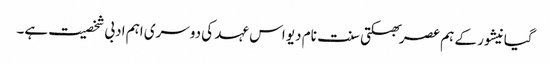
گیانیشور کے ہم عصر بھکتی سنت نام دیو اس عہد کی دوسری اہم ادبی شخصیت ہے۔